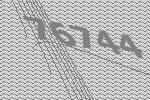
76744